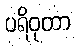
ပရိဝုတာ